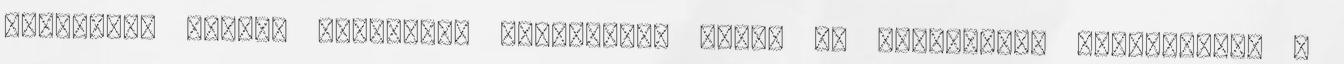
megbízott ügyvéd személyes látogatási napon az alábbiakat tapasztalta a